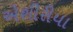
એશીરીયા